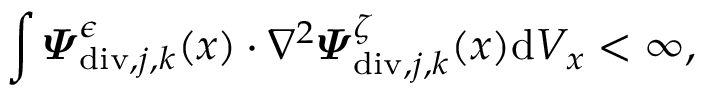
\int \displaylimits \boldsymbol { \varPsi } _ { \mathrm { d i v } , j , \boldsymbol { k } } ^ { \epsilon } ( \boldsymbol { x } ) \cdot \nabla ^ { 2 } \boldsymbol { \varPsi } _ { \mathrm { d i v } , j , \boldsymbol { k } } ^ { \zeta } ( \boldsymbol { x } ) \mathrm { d } V _ { x } < \infty ,